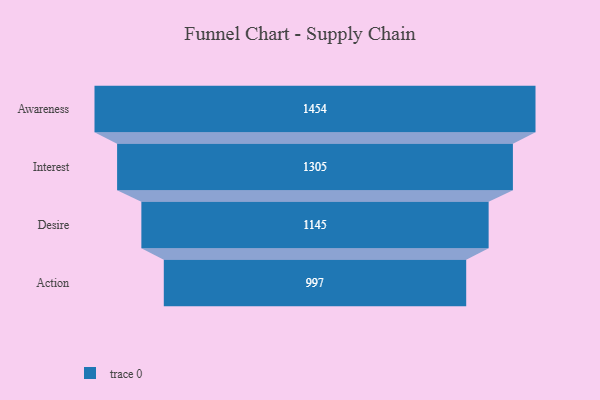
{"axis": {"x": "Stage", "y": "Value"}, "legend": [""], "data": [{"x": "Awareness", "y": 1454.0, "type": ""}, {"x": "Interest", "y": 1305.0, "type": ""}, {"x": "Desire", "y": 1145.0, "type": ""}, {"x": "Action", "y": 997.0, "type": ""}]}